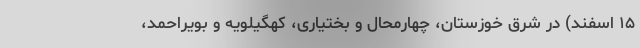
۱۵ اسفند) در شرق خوزستان، چهارمحال و بختیاری، کهگیلویه و بویراحمد،